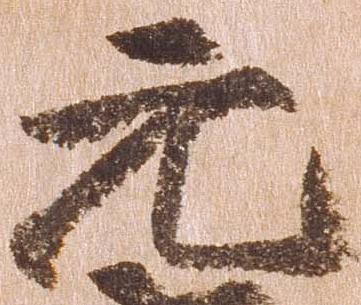
元